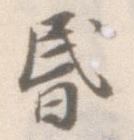
昏